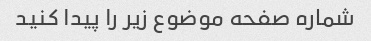
شماره صفحه موضوع زیر را پیدا کنید